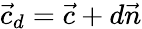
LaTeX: {\vec{c}}_{d}={\vec{c}}+d{\vec{n}}